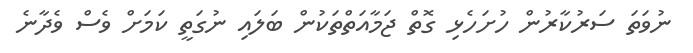
ނުވަތަ ސަރުކާރުން ހުށަހެޅި ގޮތް ޖަމާއަތްތަކުން ބަލައި ނުގަތީ ކަމަށް ވެސް ވެދާނެ